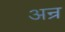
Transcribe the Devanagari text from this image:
अन्र